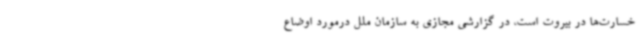
خسارت‌ها در بیروت است، در گزارشی مجازی به سازمان ملل درمورد اوضاع